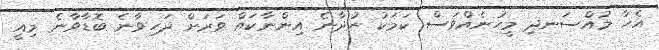
އެހާ މުއްސަނދި މީހުނެއްވަސް ކަމަކު ނުދާނެ އިންނާކައް ވަރަށް ދަހިވާނެ ބޮޑާވާނެ މިއީ